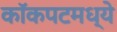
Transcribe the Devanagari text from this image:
कॉकपटमध्ये